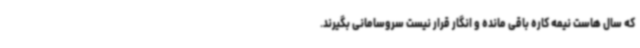
که سال هاست نیمه کاره باقی مانده و انگار قرار نیست سروسامانی بگیرند.